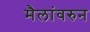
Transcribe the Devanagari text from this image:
मैलांवरुन